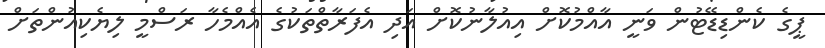
ޕީގެ ކެންޑިޑޭޓުން ވަނީ އާއްމުކޮށް އިއުލާނުކޮށް އަދި އެފަރާތްތަކުގެ އެއްމެހާ ރަސްމީ ލިޔެކިއުންތަށް